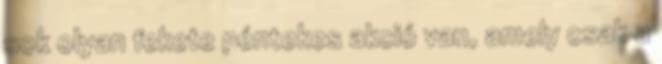
sok olyan fekete péntekes akció van, amely csak a